On kala azar, malaria and malarial cachexia - Number 19
Disease focus: Malaria
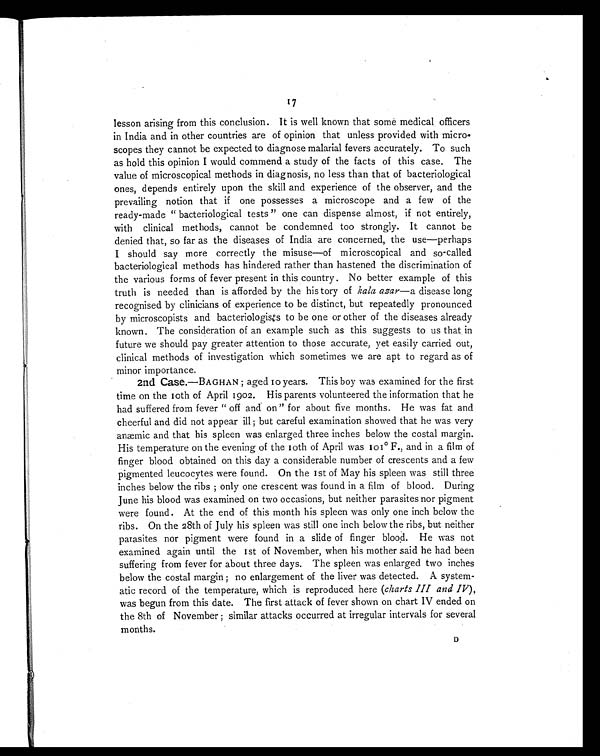
17
lesson arising from this conclusion. It is well known that some medical officers
in India and in other countries are of opinion that unless provided with micro-
scopes they cannot be expected to diagnose malarial fevers accurately. To such
as hold this opinion I would commend a study of the facts of this case. The
value of microscopical methods in diagnosis, no less than that of bacteriological
ones, depends entirely upon the skill and experience of the observer, and the
prevailing notion that if one possesses a microscope and a few of the
ready-made "bacteriological tests" one can dispense almost, if not entirely,
with clinical methods, cannot be condemned too strongly. It cannot be
denied that, so far as the diseases of India are concerned, the use—perhaps
I should say more correctly the misuse—of microscopical and so-called
bacteriological methods has hindered rather than hastened the discrimination of
the various forms of fever present in this country. No better example of this
truth is needed than is afforded by the history of kala azar—a disease long
recognised by clinicians of experience to be distinct, but repeatedly pronounced
by microscopists and bacteriologists to be one or other of the diseases already
known. The consideration of an example such as this suggests to us that in
future we should pay greater attention to those accurate, yet easily carried out,
clinical methods of investigation which sometimes we are apt to regard as of
minor importance.
2nd Case.—BAGHAN; aged 10 years. This boy was examined for the first
time on the 10th of April 1902. His parents volunteered the information that he
had suffered from fever "off and on" for about five months. He was fat and
cheerful and did not appear ill; but careful examination showed that he was very
anæmic and that his spleen was enlarged three inches below the costal margin.
His temperature on the evening of the 10th of April was 101º F., and in a film of
finger blood obtained on this day a considerable number of crescents and a few
pigmented leucocytes were found. On the 1st of May his spleen was still three
inches below the ribs; only one crescent was found in a film of blood. During
June his blood was examined on two occasions, but neither parasites nor pigment
were found. At the end of this month his spleen was only one inch below the
ribs. On the 28th of July his spleen was still one inch below the ribs, but neither
parasites nor pigment were found in a slide of finger blood. He was not
examined again until the 1st of November, when his mother said he had been
suffering from fever for about three days. The spleen was enlarged two inches
below the costal margin; no enlargement of the liver was detected. A system-
atic record of the temperature, which is reproduced here ( charts III and IV),
was begun from this date. The first attack of fever shown on chart IV ended on
the 8th of November; similar attacks occurred at irregular intervals for several
months.
D